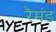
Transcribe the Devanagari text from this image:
रैमंड